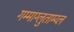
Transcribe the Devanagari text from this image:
गम्माग्लुताम्य्ल